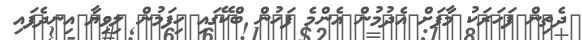
ދެތިން ފަހަރަކު މާފަށް އެދުމުން އެންމެ ފަހުން ބްކޭގައި ހިފަމުން ލިވިޔާ އިނދެފައި